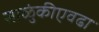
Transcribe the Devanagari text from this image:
साळुंकीएवढा